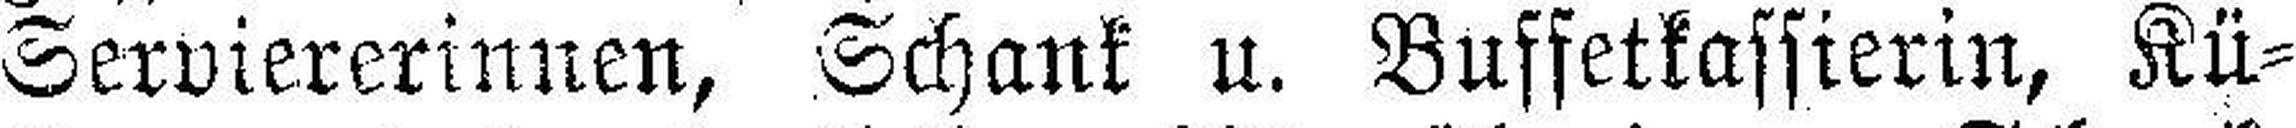
Serviererinnen, Schank u. Buffetkassierin, Kü¬